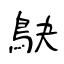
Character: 鴃